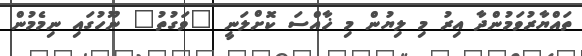
ތައްޔާރުވަމުންދާ އިރު މި ލިޔުން މި ޚާއްސަ ކޮށްލަނީ "ވަގުތު" ނޫހުގައި ނިމެމުން